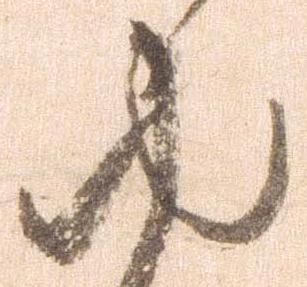
ゆ